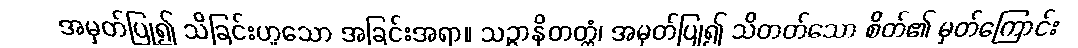
အမှတ်ပြု၍ သိခြင်းဟူသော အခြင်းအရာ။ သဉ္ဇာနိတတ္တံ၊ အမှတ်ပြု၍ သိတတ်သော စိတ်၏ မှတ်ကြောင်း